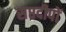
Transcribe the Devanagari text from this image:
सप्तदीपों